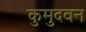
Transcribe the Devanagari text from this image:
कुमुदवन